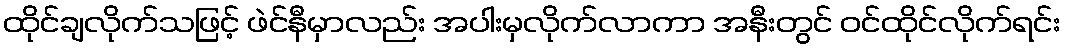
ထိုင်ချလိုက်သဖြင့် ဖဲင်နီမှာလည်း အပါးမှလိုက်လာကာ အနီးတွင် ဝင်ထိုင်လိုက်ရင်း